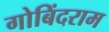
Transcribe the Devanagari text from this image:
गोबिंदराम